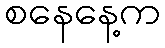
စနေနေ့က